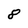
Character: 8